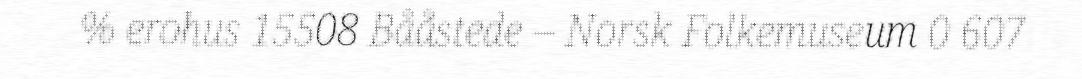
% erohus 15508 Bååstede – Norsk Folkemuseum 0 607